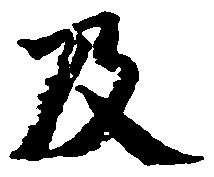
及